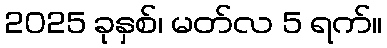
2025 ခုနှစ်၊ မတ်လ 5 ရက်။